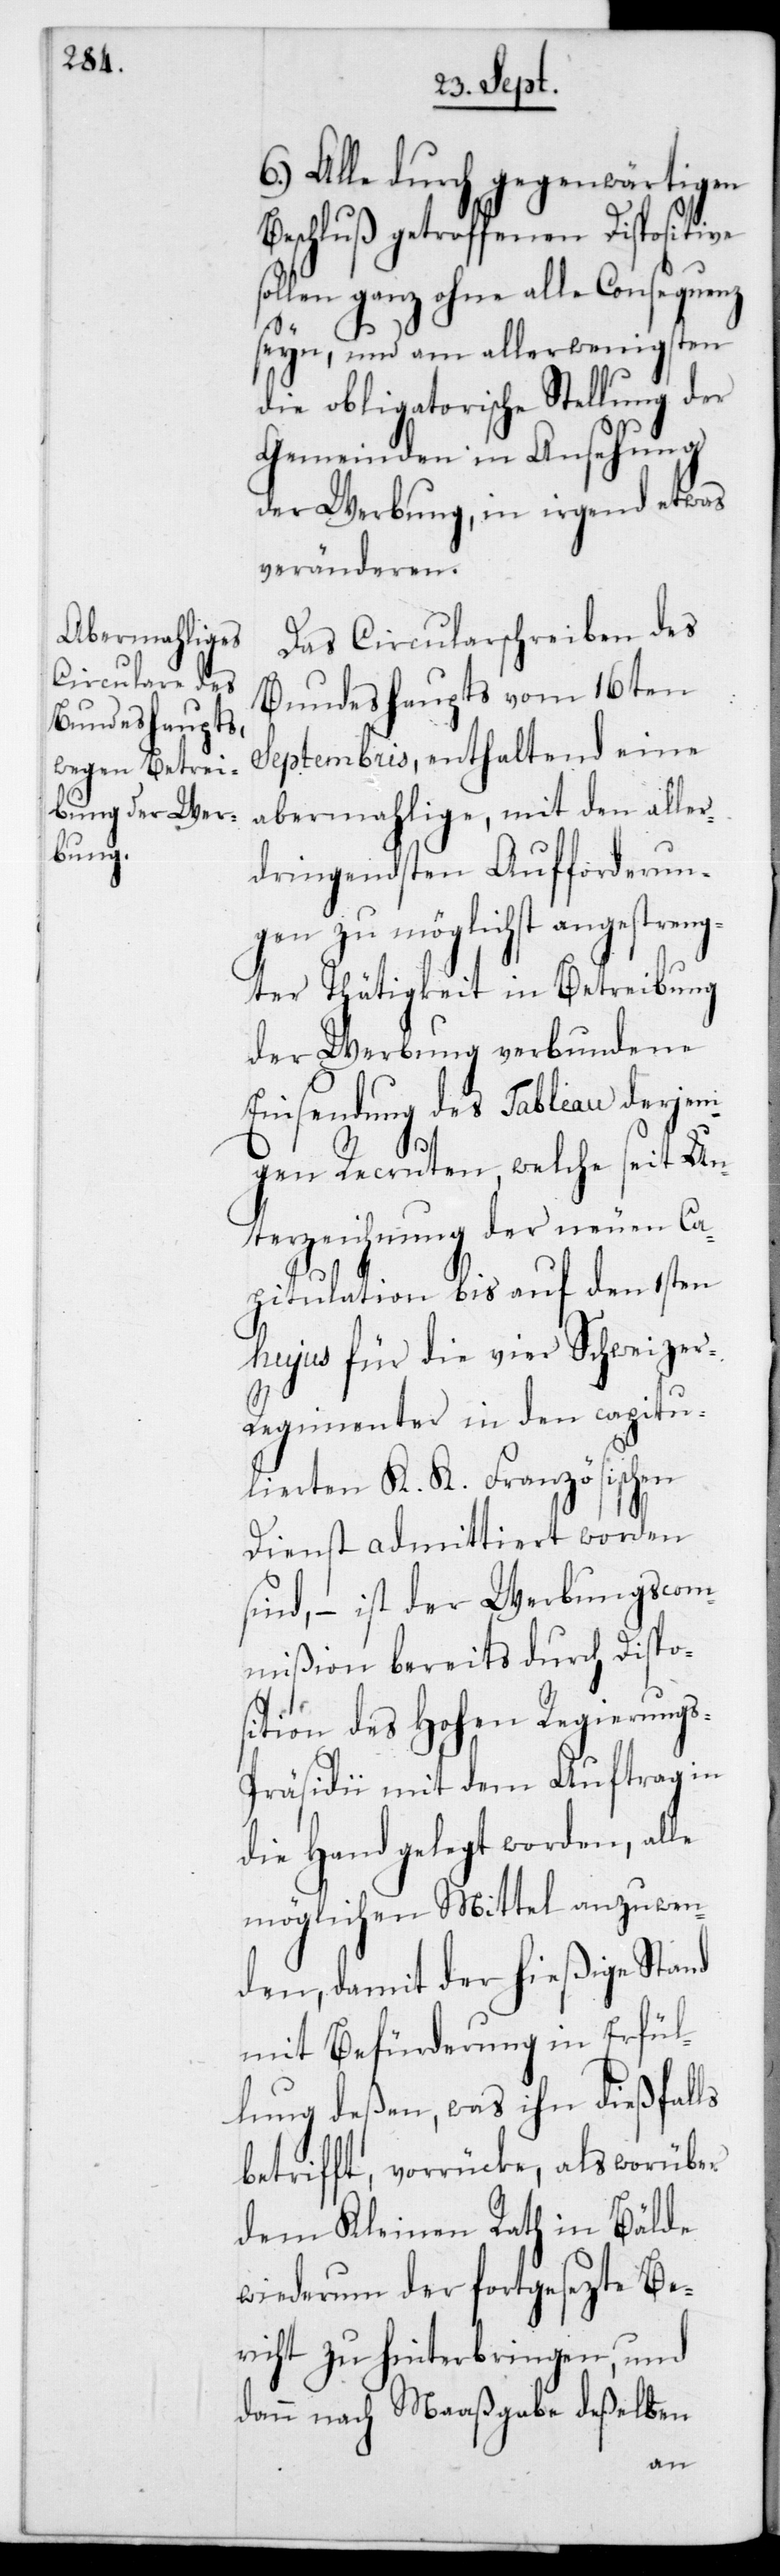
6.) Alle durch gegenwärtigen
Beschluß getroffenen Dispositive
sollen ganz ohne alle Consequenz
seyn, und am allerwenigsten
die obligatorische Stellung der
Gemeinden in Ansehung
der Werbung, in irgend etwas
veränderen.
Das Circularschreiben des
Bundeshaupts vom 16ten
Septembris, enthaltend eine
abermahlige, mit den aller¬
dringendsten Aufforderun¬
gen zu möglichst angestreng¬
ter Thätigkeit in Betreibung
der Werbung verbundene
Einsendung des Tableau derjen¬
igen Recruten, welche seit Un¬
terzeichnung der neuen Ca¬
pitulation bis auf den 1sten
hujus für die vier Schweize¬
r-Regimenter in den capitu¬
lierten K. K. Französischen
Dienst admittiert worden
sind, – ist der Werbungscom¬
mißion bereits durch Dispos¬
ition des Hohen Regierung¬
s-Präsidii mit dem Auftrag in
die Hand gelegt worden, alle
möglichen Mittel anzuwen¬
den, damit der hießigeStand
mit Befürderung in Erfül¬
lung deßen, was ihn dießfalls
betrifft, vorrücke, als worüber
dem Kleinen Rath in Bälde
wiederum der fortgesezte Be¬
richt zu hinterbringen, und
dann nach Maaßgabe deßelben